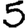
Digit: 5